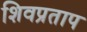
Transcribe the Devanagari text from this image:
शिवप्रताप